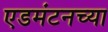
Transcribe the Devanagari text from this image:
एडमंटनच्या